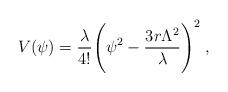
LaTeX: \begin{align*}V(\psi)={\lambda \over 4!} \Biggl(\psi^2-{3 r \Lambda^2 \over\lambda}\Biggr)^2 \;,\end{align*}